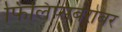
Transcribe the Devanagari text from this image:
फिलिप्सबरोबर